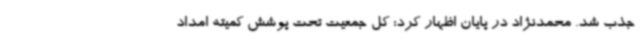
جذب شد. محمدنژاد در پایان اظهار کرد: کل جمعیت تحت پوشش کمیته امداد